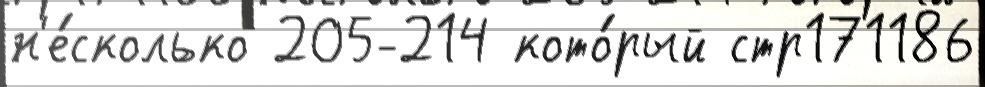
н'е́сколько 205-214 кото́рый стр171186